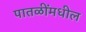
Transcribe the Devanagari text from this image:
पातळींमधील